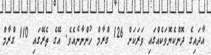
އާދައިގެ ދޮންކެޔޮވަކެއްގައި ވަރަކަށް 126 ގްރާމް ހުންނާނެއެވެ. އޭގެ ތެރޭގައި 110 ގްރާމް